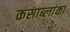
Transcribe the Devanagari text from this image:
कसाब्लांका